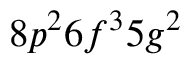
8 p ^ { 2 } 6 f ^ { 3 } 5 g ^ { 2 }